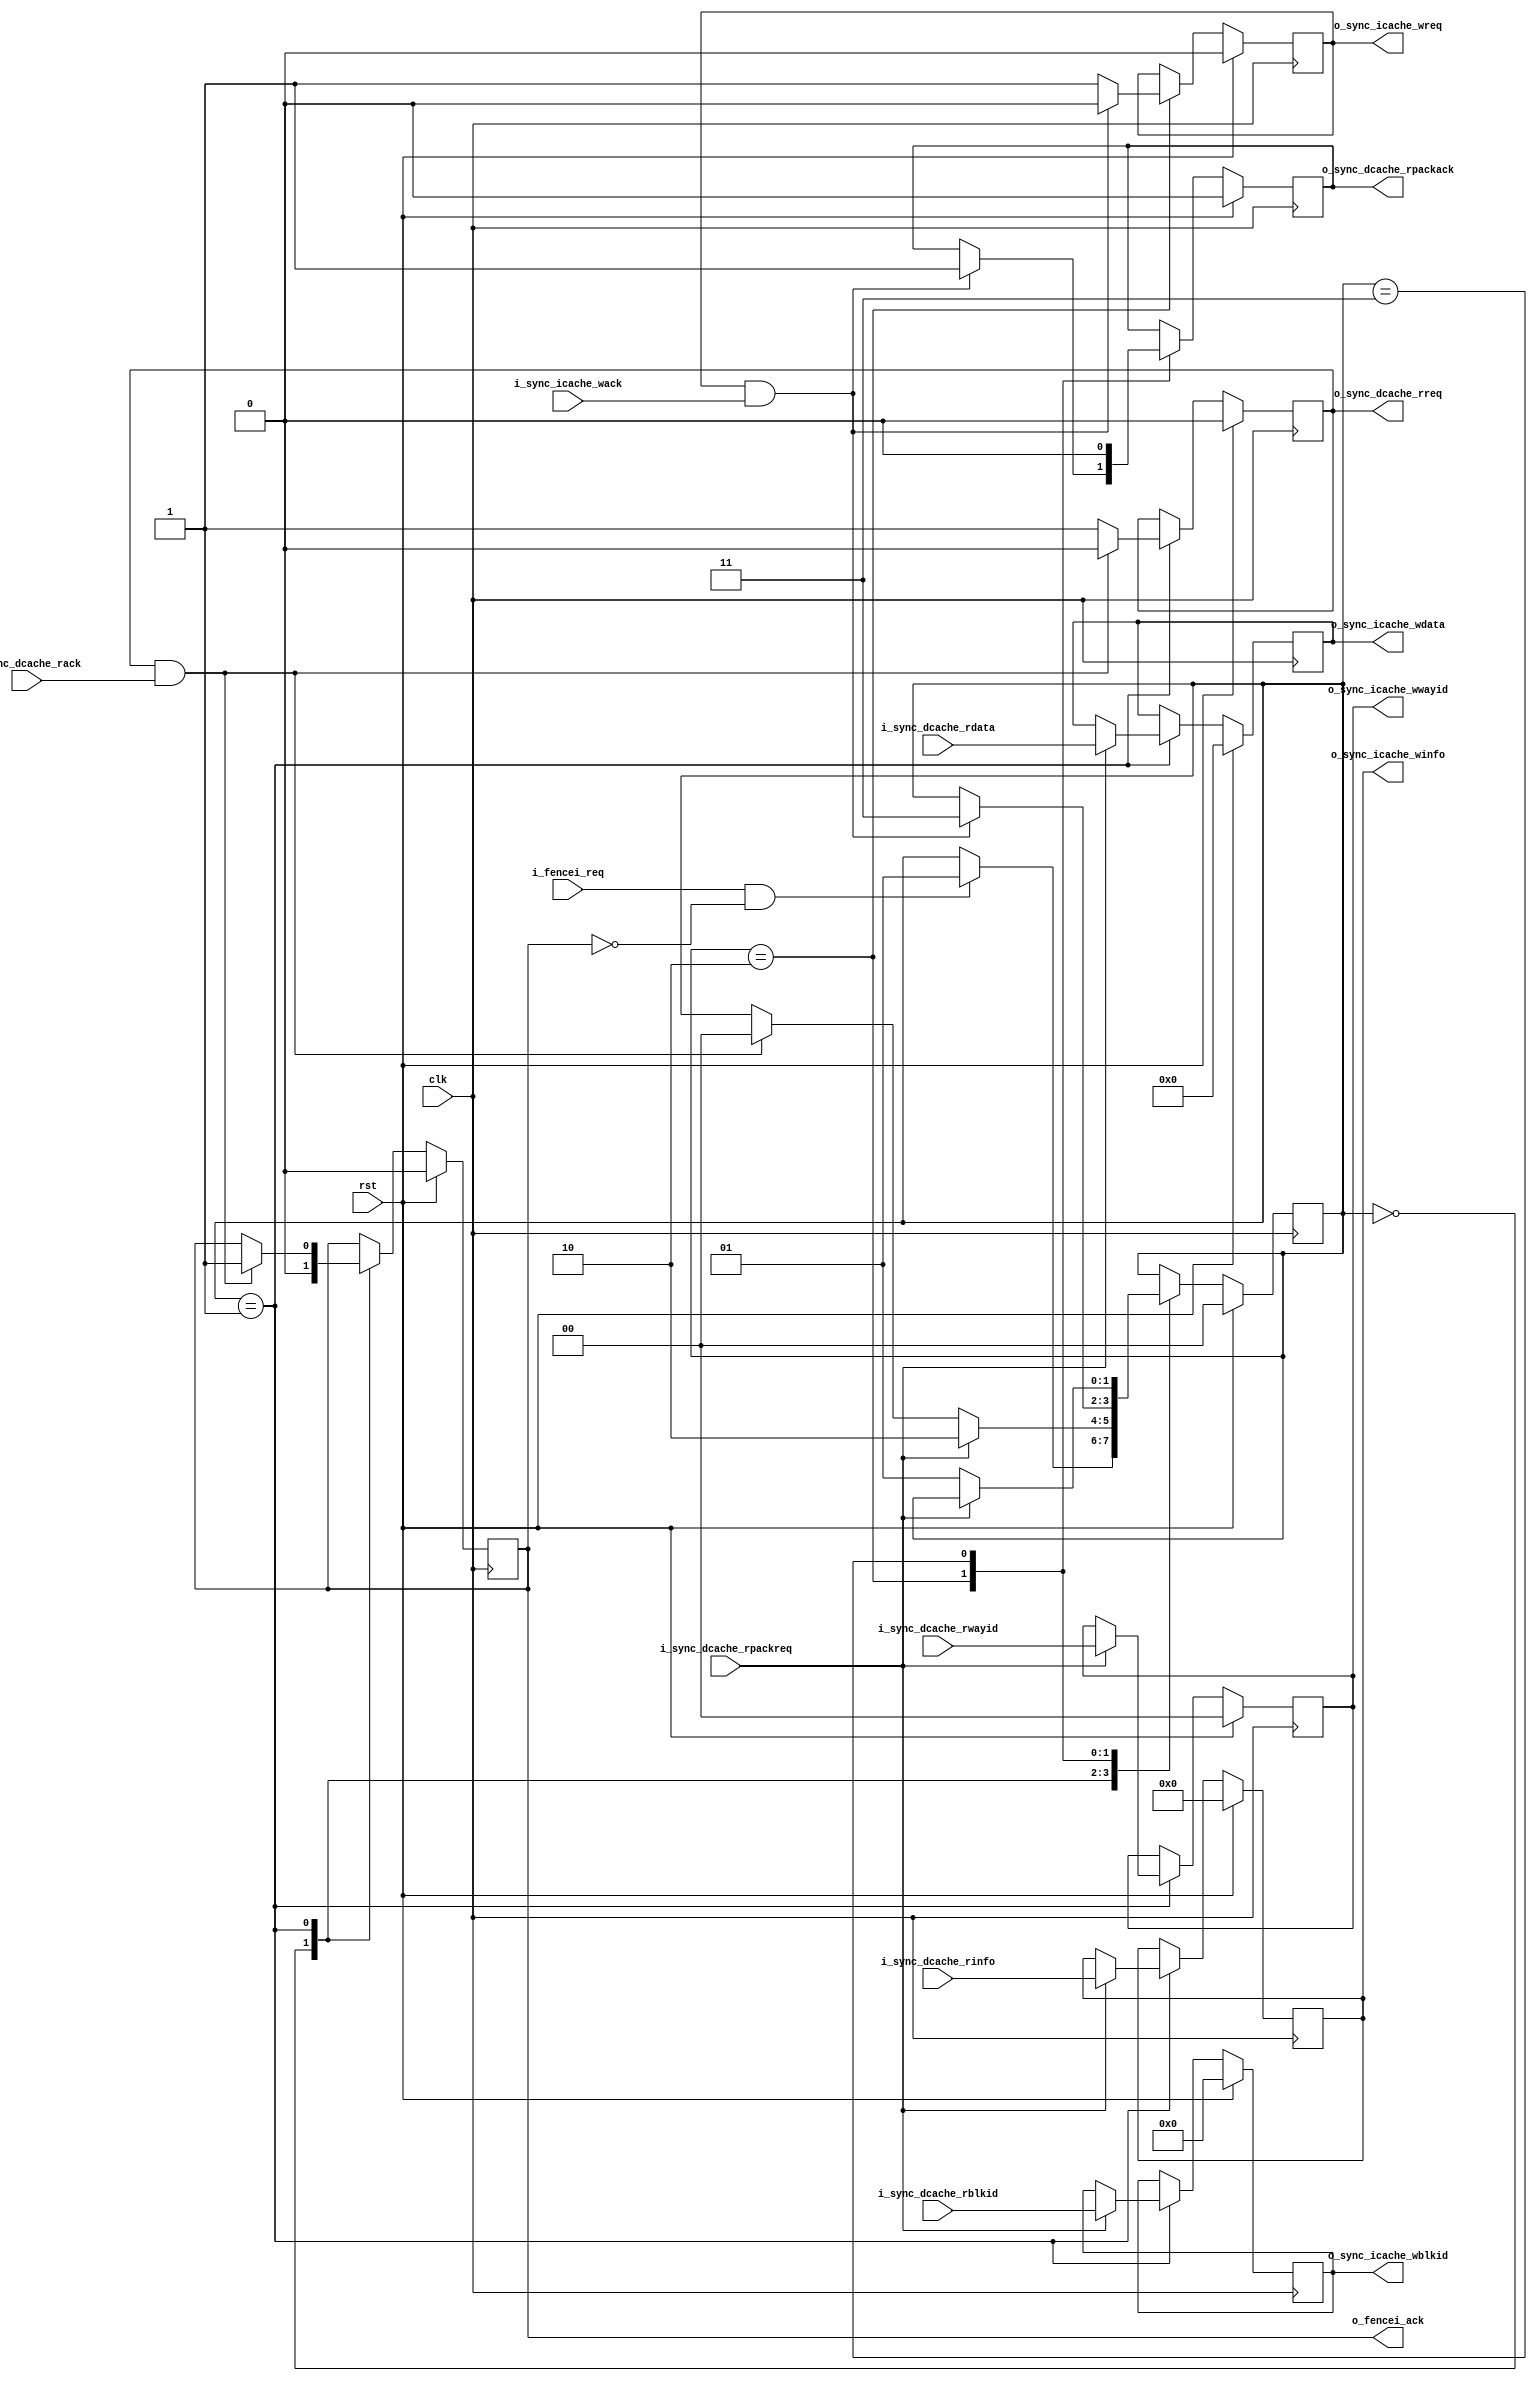
module ysyx_210544_cache_sync(
  input                       clk,
  input                       rst,
  
  // fence.i
  input   wire                i_fencei_req,
  output  reg                 o_fencei_ack,
  
  // DCache
  output  reg                 o_sync_dcache_rreq,     // 读请求
  input   wire                i_sync_dcache_rack,     // 读应答
  input   wire                i_sync_dcache_rpackreq, // 读包请求
  output  reg                 o_sync_dcache_rpackack, // 读包应答
  input   wire  [  1: 0]      i_sync_dcache_rwayid,   // read way_id
  input   wire  [  3: 0]      i_sync_dcache_rblkid,   // read blk_id
  input   wire  [ 25: 0]      i_sync_dcache_rinfo,    // read cache_info
  input   wire  [511: 0]      i_sync_dcache_rdata,    // read cache_data

  // ICache
  output  reg                 o_sync_icache_wreq,     // 写请求
  input   wire                i_sync_icache_wack,     // 写应答
  output  reg   [  1: 0]      o_sync_icache_wwayid,   // write way_id
  output  reg   [  3: 0]      o_sync_icache_wblkid,   // write blk_id
  output  reg   [ 25: 0]      o_sync_icache_winfo,    // write cache_info
  output  reg   [511: 0]      o_sync_icache_wdata     // write cache_data
);

// =============== 状态机 ===============
//  英文名称          中文名称    含义
//  IDLE            空闲        无活动。有fencei请求进入 SYNC_READ
//  SYNC_READ       读          读DCache。读到一包数据，进入 SYNC_WRITE；读取完成，进入 IDLE
//  SYNC_WRITE      写          写ICache。写入ICache完成，进入 SYNC_RPACK_ACK
//  SYNC_RPACK_ACK  读包应答     读包应答的写入和清除。清除后，进入 SYNC_READ
parameter [1:0] STATE_IDLE              = 2'd0;
parameter [1:0] STATE_SYNC_READ         = 2'd1;
parameter [1:0] STATE_SYNC_WRITE        = 2'd2;
parameter [1:0] STATE_SYNC_RPACK_ACK    = 2'd3;

reg [1:0] state;
wire hs_rd;
wire hs_wr;



assign hs_rd          = o_sync_dcache_rreq & i_sync_dcache_rack;
// wire hs_rd_pack     = o_sync_dcache_rpackack & i_sync_dcache_rpackreq;
assign hs_wr          = o_sync_icache_wreq & i_sync_icache_wack;

always @(posedge clk) begin
  if (rst) begin
    state <= STATE_IDLE;
  end
  else begin
    case (state)
      STATE_IDLE:   begin
        if (i_fencei_req & (!o_fencei_ack)) begin
          state <= STATE_SYNC_READ;
        end
      end
      
      STATE_SYNC_READ:  begin
        if (i_sync_dcache_rpackreq) begin
          state <= STATE_SYNC_WRITE;
        end
        else if (hs_rd) begin
          state <= STATE_IDLE;
        end
      end

      STATE_SYNC_WRITE:     begin
        if (hs_wr) begin
          state <= STATE_SYNC_RPACK_ACK;
        end
      end

      STATE_SYNC_RPACK_ACK:     begin
        // 等待 rapckreq 信号撤销
        if (!i_sync_dcache_rpackreq) begin
          state <= STATE_SYNC_READ;
        end
      end

      default: ;
    endcase
  end
end

always @(posedge clk) begin
  if (rst) begin
    o_fencei_ack <= 0;
    o_sync_dcache_rreq <= 0;
    o_sync_icache_wwayid <= 0;
    o_sync_icache_wblkid <= 0;
    o_sync_icache_winfo <= 0;
    o_sync_icache_wdata <= 0;
    o_sync_icache_wreq <= 0;
    o_sync_dcache_rpackack <= 0;
  end
  else begin
    case (state)
      STATE_IDLE: begin;
        o_fencei_ack <= 0;
      end

      STATE_SYNC_READ: begin
        if (!hs_rd) begin
          o_sync_dcache_rreq <= 1;
        end
        else begin
          o_fencei_ack <= 1;
          o_sync_dcache_rreq <= 0;
        end

        if (i_sync_dcache_rpackreq) begin
          o_sync_icache_wwayid  <= i_sync_dcache_rwayid;
          o_sync_icache_wblkid  <= i_sync_dcache_rblkid;
          o_sync_icache_winfo   <= i_sync_dcache_rinfo;
          o_sync_icache_wdata   <= i_sync_dcache_rdata;
        end
      end

      STATE_SYNC_WRITE: begin
        if (!hs_wr) begin
          o_sync_icache_wreq <= 1;
        end
        else begin
          o_sync_icache_wreq <= 0;
          o_sync_dcache_rpackack <= 1;
        end
      end

      STATE_SYNC_RPACK_ACK: begin
        // rapckack只保持一个周期，自动清除
        o_sync_dcache_rpackack <= 0; 
      end

      default:;
    endcase
  end
end

endmodule